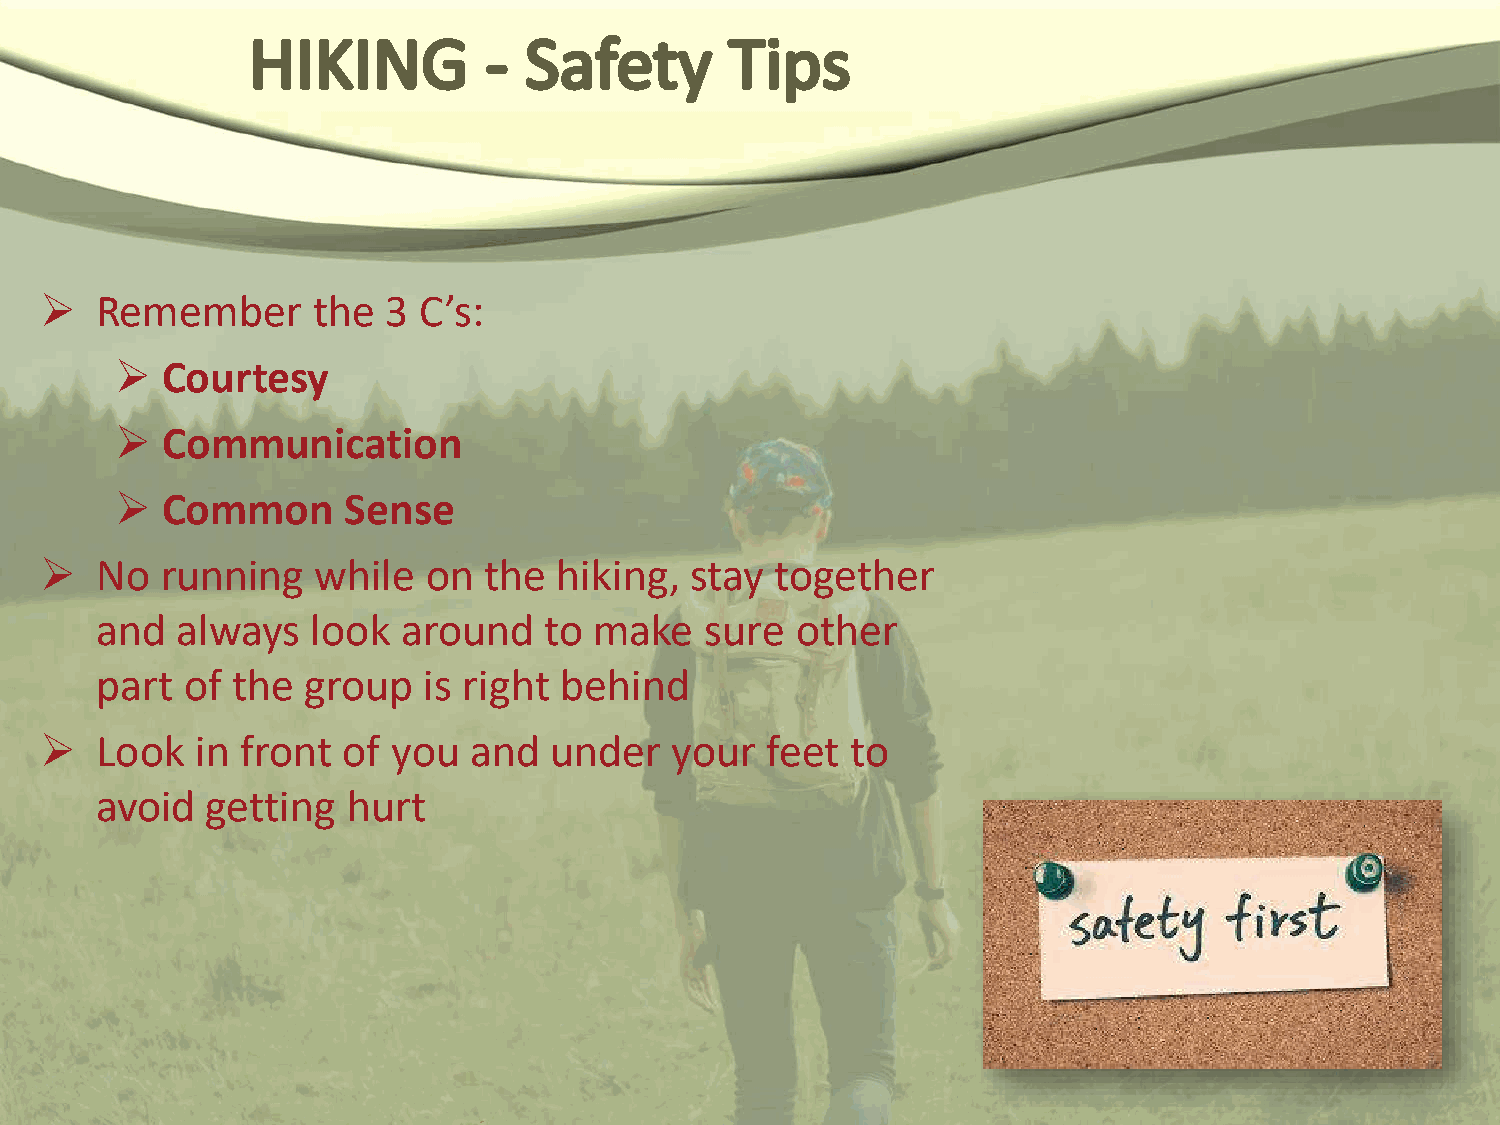
  Remember       the  3 C’s:
   Courtesy
   Communication
   Common      Sense
   No   running   while  on  the  hiking,  stay together
 and   always   look  around   to make    sure  other
 part  of the  group   is right behind
   Look   in front  of you  and  under   your   feet to
 avoid   getting  hurt